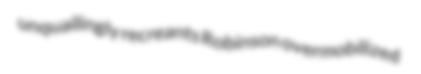
unquailingly recreants Robinson overmobilized